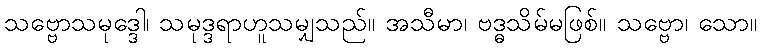
သဗ္ဗောသမုဒ္ဒေါ၊ သမုဒ္ဒရာဟူသမျှသည်။ အသီမာ၊ ဗဒ္ဓသိမ်မဖြစ်။ သဗ္ဗော၊ သော။